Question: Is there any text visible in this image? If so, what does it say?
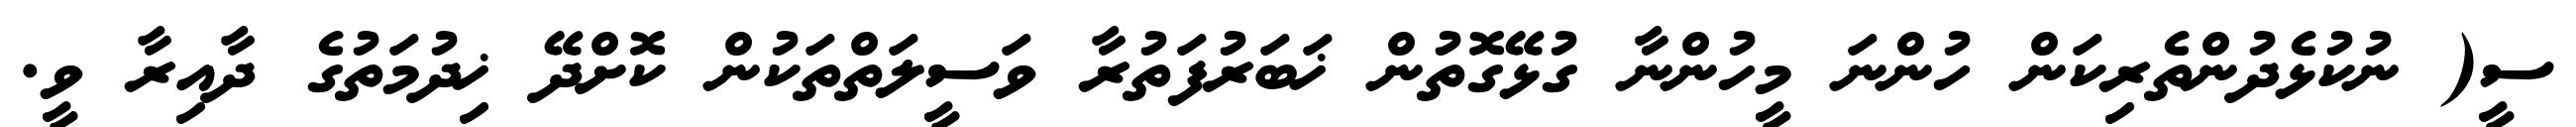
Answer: ސީ( ނުކުޅެދުންތެރިކަން ހުންނަ މީހުންނާ ގުޅޭގޮތުން ޚަބަރުފަތުރާ ވަސީލަތްތަކުން ކޮށްދޭ ޚިދުމަތުގެ ދާއިރާ ވީ.